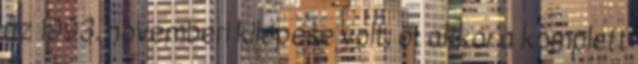
az 1993. novemberi kilépése volt; őt akkor a komplett